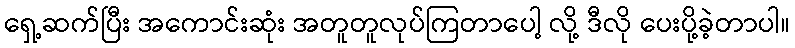
ရှေ့ဆက်ပြီး အကောင်းဆုံး အတူတူလုပ်ကြတာပေါ့ လို့ ဒီလို ပေးပို့ခဲ့တာပါ။